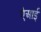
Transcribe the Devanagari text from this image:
ऐआई